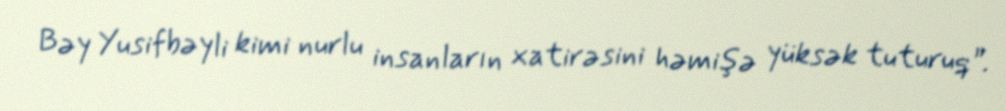
Bəy Yusifbəyli kimi nurlu insanların xatirəsini həmişə yüksək tuturuq”.